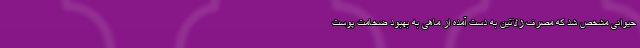
حیوانی مشخص شد که مصرف ژلاتین به دست آمده از ماهی به بهبود ضخامت پوست